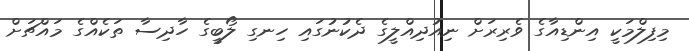
މިފިލްމަކީ އިންޑިއާގެ ވެރިރަށް ނިއުދިއްލީގެ ދެކުނުގައި ހިނގި ލޯބީގެ ހާދިސާ ތަކެއްގެ މައްޗަށް